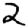
Digit: 2